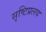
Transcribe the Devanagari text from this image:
सृष्टिप्रलय